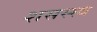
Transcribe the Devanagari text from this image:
शसस्स्त्र